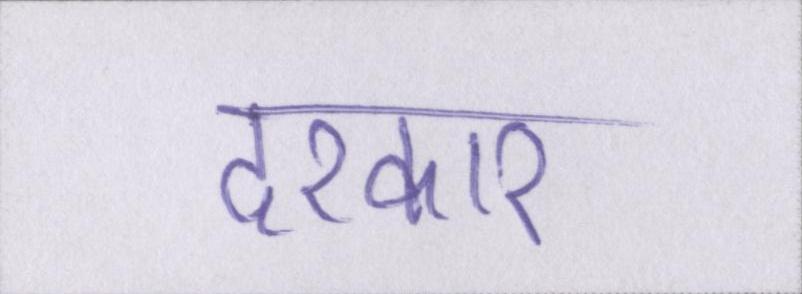
दरकार